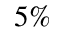
5 \%